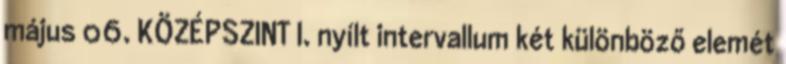
május 06. KÖZÉPSZINT I. nyílt intervallum két különböző elemét